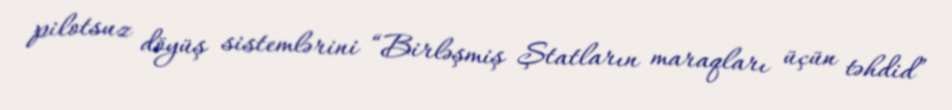
pilotsuz döyüş sistemlərini “Birləşmiş Ştatların maraqları üçün təhdid”